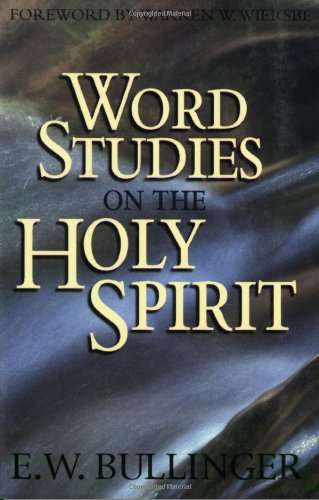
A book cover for Word Studies on the Holy Spirit; E. W. Bullinger; Christian Books & Bibles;